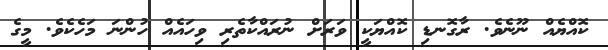
ކޮއްޔެއް ނޫނެވެ. ރާގޮނޑި ކޮއްޔަކީ ވަރަށް ނުރައްކާތެރި ވިހައެއް ހުންނަ މަހެކެވެ. މީގެ